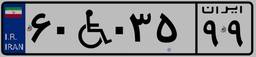
۶۰W۰۳۵۹۹